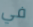
في